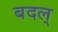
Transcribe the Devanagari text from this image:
बदल्